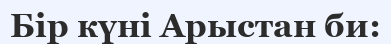
Бір күні Арыстан би: